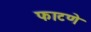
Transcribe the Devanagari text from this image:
फाटणे